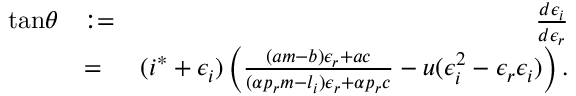
\begin{array} { r l r } { \mathrm { t a n } \theta } & { : = } & { \frac { d \epsilon _ { i } } { d \epsilon _ { r } } } \\ & { = } & { ( i ^ { * } + \epsilon _ { i } ) \left( \frac { ( a m - b ) \epsilon _ { r } + a c } { ( \alpha p _ { r } m - l _ { i } ) \epsilon _ { r } + \alpha p _ { r } c } - u ( \epsilon _ { i } ^ { 2 } - \epsilon _ { r } \epsilon _ { i } ) \right) . } \end{array}